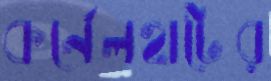
কর্নেলহাটের